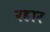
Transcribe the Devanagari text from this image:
रहार